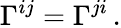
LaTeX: {\Gamma^{ij}=\Gamma^{ji}\, .}